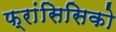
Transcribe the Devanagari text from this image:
फ्रांसिसिको